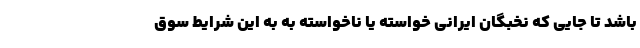
باشد تا جایی که نخبگان ایرانی خواسته یا ناخواسته به به این شرایط سوق